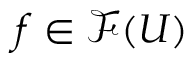
f \in { \mathcal { F } } ( U )